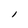
Character: l